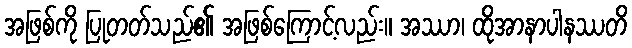
အဖြစ်ကို ပြုတတ်သည်၏ အဖြစ်ကြောင့်လည်း။ အဿာ၊ ထိုအာနာပါနဿတိ